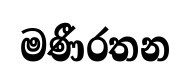
මණීරතන